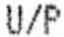
U/P